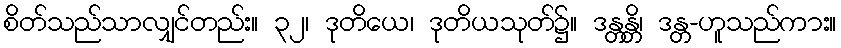
စိတ်သည်သာလျှင်တည်း။ ၃၂၊ ဒုတိယေ၊ ဒုတိယသုတ်၌။ ဒန္တန္တိ၊ ဒန္တ-ဟူသည်ကား။